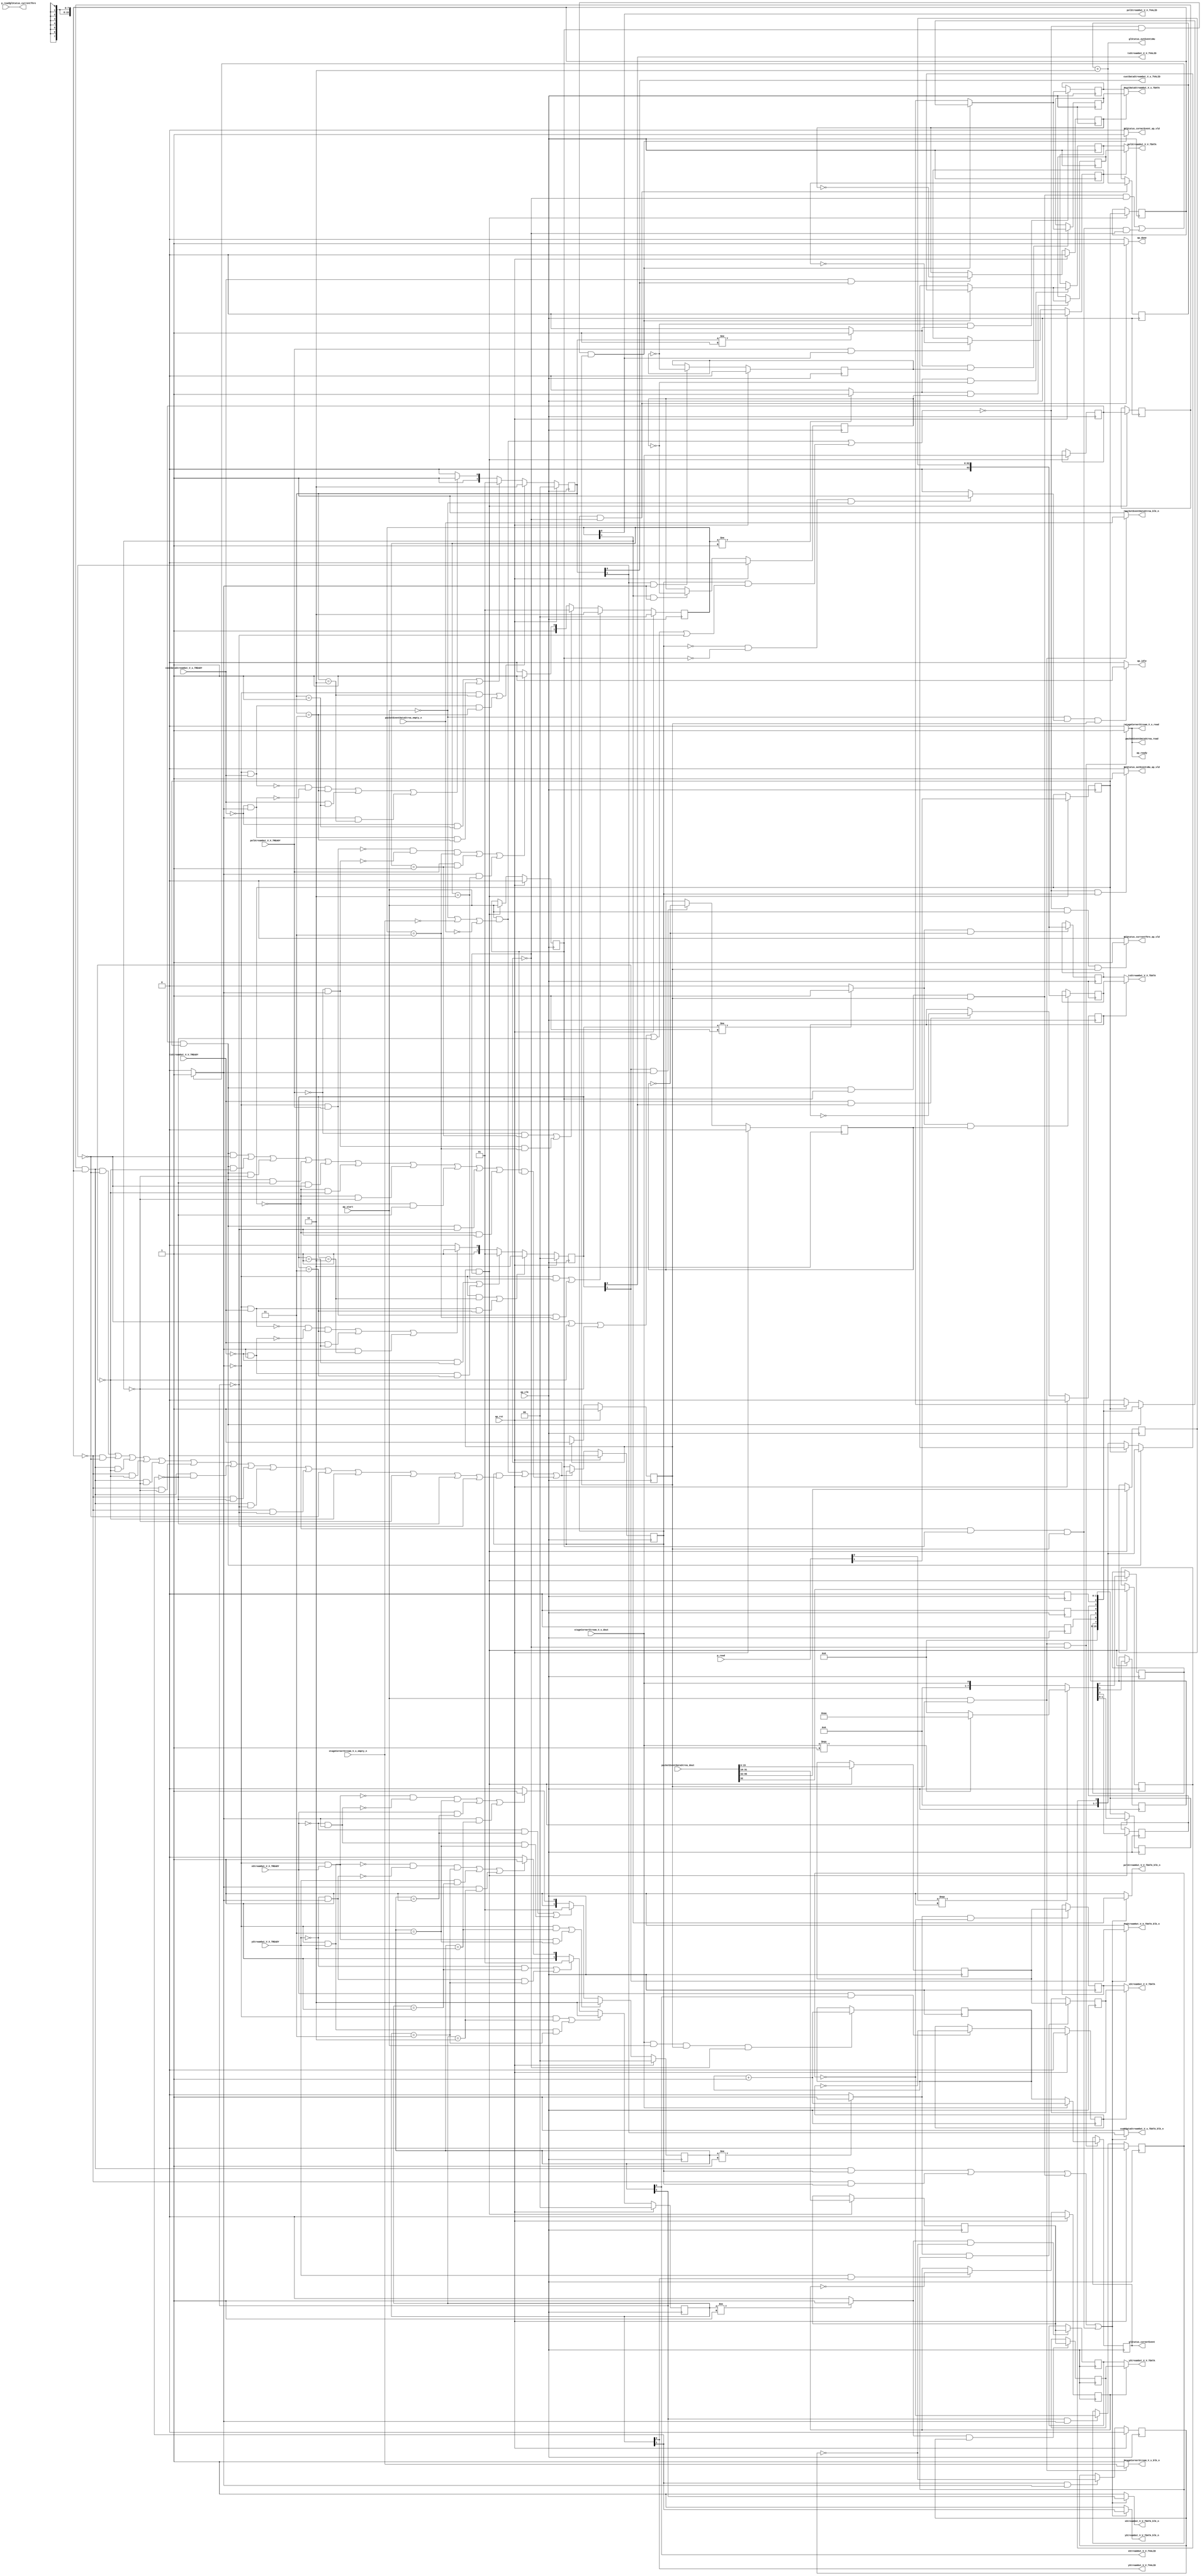
// ==============================================================
// RTL generated by Vivado(TM) HLS - High-Level Synthesis from C, C++ and SystemC
// Version: 2018.1
// Copyright (C) 1986-2018 Xilinx, Inc. All Rights Reserved.
// 
// ===========================================================

`timescale 1 ns / 1 ps 

module combineOutputStream (
        ap_clk,
        ap_rst,
        ap_start,
        ap_done,
        ap_idle,
        ap_ready,
        packetEventDataStrea_dout,
        packetEventDataStrea_empty_n,
        packetEventDataStrea_read,
        stageCornerStream_V_s_dout,
        stageCornerStream_V_s_empty_n,
        stageCornerStream_V_s_read,
        xStreamOut_V_V_TREADY,
        yStreamOut_V_V_TREADY,
        polStreamOut_V_V_TREADY,
        tsStreamOut_V_V_TREADY,
        custDataStreamOut_V_s_TREADY,
        xStreamOut_V_V_TDATA,
        xStreamOut_V_V_TVALID,
        yStreamOut_V_V_TDATA,
        yStreamOut_V_V_TVALID,
        polStreamOut_V_V_TDATA,
        polStreamOut_V_V_TVALID,
        tsStreamOut_V_V_TDATA,
        tsStreamOut_V_V_TVALID,
        custDataStreamOut_V_s_TDATA,
        custDataStreamOut_V_s_TVALID,
        p_read,
        p_read1,
        glStatus_cornerEvent,
        glStatus_cornerEvent_ap_vld,
        glStatus_outEventsNu,
        glStatus_outEventsNu_ap_vld,
        glStatus_currentThre,
        glStatus_currentThre_ap_vld,
        packetEventDataStrea_blk_n,
        stageCornerStream_V_s_blk_n,
        xStreamOut_V_V_TDATA_blk_n,
        yStreamOut_V_V_TDATA_blk_n,
        polStreamOut_V_V_TDATA_blk_n,
        tsStreamOut_V_V_TDATA_blk_n,
        custDataStreamOut_V_s_TDATA_blk_n
);

parameter    ap_ST_fsm_pp0_stage0 = 1'd1;
parameter    ap_const_lv64_0 = 64'd0;

input   ap_clk;
input   ap_rst;
input   ap_start;
output   ap_done;
output   ap_idle;
output   ap_ready;
input  [95:0] packetEventDataStrea_dout;
input   packetEventDataStrea_empty_n;
output   packetEventDataStrea_read;
input  [0:0] stageCornerStream_V_s_dout;
input   stageCornerStream_V_s_empty_n;
output   stageCornerStream_V_s_read;
input   xStreamOut_V_V_TREADY;
input   yStreamOut_V_V_TREADY;
input   polStreamOut_V_V_TREADY;
input   tsStreamOut_V_V_TREADY;
input   custDataStreamOut_V_s_TREADY;
output  [15:0] xStreamOut_V_V_TDATA;
output   xStreamOut_V_V_TVALID;
output  [15:0] yStreamOut_V_V_TDATA;
output   yStreamOut_V_V_TVALID;
output  [7:0] polStreamOut_V_V_TDATA;
output   polStreamOut_V_V_TVALID;
output  [63:0] tsStreamOut_V_V_TDATA;
output   tsStreamOut_V_V_TVALID;
output  [15:0] custDataStreamOut_V_s_TDATA;
output   custDataStreamOut_V_s_TVALID;
input  [31:0] p_read;
input  [7:0] p_read1;
output  [63:0] glStatus_cornerEvent;
output   glStatus_cornerEvent_ap_vld;
output  [63:0] glStatus_outEventsNu;
output   glStatus_outEventsNu_ap_vld;
output  [7:0] glStatus_currentThre;
output   glStatus_currentThre_ap_vld;
output   packetEventDataStrea_blk_n;
output   stageCornerStream_V_s_blk_n;
output   xStreamOut_V_V_TDATA_blk_n;
output   yStreamOut_V_V_TDATA_blk_n;
output   polStreamOut_V_V_TDATA_blk_n;
output   tsStreamOut_V_V_TDATA_blk_n;
output   custDataStreamOut_V_s_TDATA_blk_n;

reg ap_done;
reg ap_idle;
reg ap_ready;
reg packetEventDataStrea_read;
reg stageCornerStream_V_s_read;
reg glStatus_cornerEvent_ap_vld;
reg glStatus_outEventsNu_ap_vld;
reg glStatus_currentThre_ap_vld;
reg packetEventDataStrea_blk_n;
reg stageCornerStream_V_s_blk_n;
reg xStreamOut_V_V_TDATA_blk_n;
reg yStreamOut_V_V_TDATA_blk_n;
reg polStreamOut_V_V_TDATA_blk_n;
reg tsStreamOut_V_V_TDATA_blk_n;
reg custDataStreamOut_V_s_TDATA_blk_n;

(* fsm_encoding = "none" *) reg   [0:0] ap_CS_fsm;
wire    ap_CS_fsm_pp0_stage0;
wire    ap_enable_reg_pp0_iter0;
wire    ap_block_pp0_stage0;
reg    ap_enable_reg_pp0_iter1;
reg    ap_enable_reg_pp0_iter2;
reg    ap_idle_pp0;
reg    ap_block_state1_pp0_stage0_iter0;
wire    ap_block_state2_pp0_stage0_iter1;
wire    xStreamOut_V_V_1_ack_in;
reg   [0:0] tmp_174_reg_341;
wire    yStreamOut_V_V_1_ack_in;
wire    polStreamOut_V_V_1_ack_in;
wire    tsStreamOut_V_V_1_ack_in;
wire    custDataStreamOut_V_s_1_ack_in;
reg   [0:0] tmp_V_reg_331;
reg    ap_predicate_op33_write_state2;
reg    ap_block_state2_io;
reg    ap_block_state3_pp0_stage0_iter2;
reg   [0:0] tmp_174_reg_341_pp0_iter1_reg;
reg   [0:0] tmp_V_reg_331_pp0_iter1_reg;
reg    ap_predicate_op57_write_state3;
reg    ap_block_state3_io;
reg    ap_block_pp0_stage0_11001;
reg   [15:0] xStreamOut_V_V_1_data_out;
reg    xStreamOut_V_V_1_vld_in;
wire    xStreamOut_V_V_1_vld_out;
wire    xStreamOut_V_V_1_ack_out;
reg   [15:0] xStreamOut_V_V_1_payload_A;
reg   [15:0] xStreamOut_V_V_1_payload_B;
reg    xStreamOut_V_V_1_sel_rd;
reg    xStreamOut_V_V_1_sel_wr;
wire    xStreamOut_V_V_1_sel;
wire    xStreamOut_V_V_1_load_A;
wire    xStreamOut_V_V_1_load_B;
reg   [1:0] xStreamOut_V_V_1_state;
wire    xStreamOut_V_V_1_state_cmp_full;
reg   [15:0] yStreamOut_V_V_1_data_out;
reg    yStreamOut_V_V_1_vld_in;
wire    yStreamOut_V_V_1_vld_out;
wire    yStreamOut_V_V_1_ack_out;
reg   [15:0] yStreamOut_V_V_1_payload_A;
reg   [15:0] yStreamOut_V_V_1_payload_B;
reg    yStreamOut_V_V_1_sel_rd;
reg    yStreamOut_V_V_1_sel_wr;
wire    yStreamOut_V_V_1_sel;
wire    yStreamOut_V_V_1_load_A;
wire    yStreamOut_V_V_1_load_B;
reg   [1:0] yStreamOut_V_V_1_state;
wire    yStreamOut_V_V_1_state_cmp_full;
reg   [7:0] polStreamOut_V_V_1_data_in;
reg   [7:0] polStreamOut_V_V_1_data_out;
reg    polStreamOut_V_V_1_vld_in;
wire    polStreamOut_V_V_1_vld_out;
wire    polStreamOut_V_V_1_ack_out;
reg   [7:0] polStreamOut_V_V_1_payload_A;
reg   [7:0] polStreamOut_V_V_1_payload_B;
reg    polStreamOut_V_V_1_sel_rd;
reg    polStreamOut_V_V_1_sel_wr;
wire    polStreamOut_V_V_1_sel;
wire    polStreamOut_V_V_1_load_A;
wire    polStreamOut_V_V_1_load_B;
reg   [1:0] polStreamOut_V_V_1_state;
wire    polStreamOut_V_V_1_state_cmp_full;
reg   [63:0] tsStreamOut_V_V_1_data_out;
reg    tsStreamOut_V_V_1_vld_in;
wire    tsStreamOut_V_V_1_vld_out;
wire    tsStreamOut_V_V_1_ack_out;
reg   [63:0] tsStreamOut_V_V_1_payload_A;
reg   [63:0] tsStreamOut_V_V_1_payload_B;
reg    tsStreamOut_V_V_1_sel_rd;
reg    tsStreamOut_V_V_1_sel_wr;
wire    tsStreamOut_V_V_1_sel;
wire    tsStreamOut_V_V_1_load_A;
wire    tsStreamOut_V_V_1_load_B;
reg   [1:0] tsStreamOut_V_V_1_state;
wire    tsStreamOut_V_V_1_state_cmp_full;
reg   [15:0] custDataStreamOut_V_s_1_data_in;
reg   [15:0] custDataStreamOut_V_s_1_data_out;
reg    custDataStreamOut_V_s_1_vld_in;
wire    custDataStreamOut_V_s_1_vld_out;
wire    custDataStreamOut_V_s_1_ack_out;
reg   [15:0] custDataStreamOut_V_s_1_payload_A;
reg   [15:0] custDataStreamOut_V_s_1_payload_B;
reg    custDataStreamOut_V_s_1_sel_rd;
reg    custDataStreamOut_V_s_1_sel_wr;
wire    custDataStreamOut_V_s_1_sel;
wire    custDataStreamOut_V_s_1_load_A;
wire    custDataStreamOut_V_s_1_load_B;
reg   [1:0] custDataStreamOut_V_s_1_state;
wire    custDataStreamOut_V_s_1_state_cmp_full;
reg   [63:0] outEventsNum;
reg   [63:0] cornerEventsNum;
reg   [15:0] y_V_reg_310;
wire   [15:0] x_V_fu_178_p1;
reg   [15:0] x_V_reg_315;
reg   [0:0] pol_V_reg_320;
reg   [62:0] p_Result_i_reg_326;
wire   [0:0] tmp_V_read_fu_118_p2;
wire   [7:0] retData_V_fu_216_p3;
reg   [7:0] retData_V_reg_335;
wire   [63:0] tmp_49_i_fu_236_p2;
wire   [63:0] p_Result_s_fu_254_p5;
wire   [7:0] tmp_V_36_cast_fu_266_p1;
wire   [15:0] tmp_V_40_cast_fu_270_p1;
wire   [7:0] tmp_V_45_cast_fu_274_p1;
wire   [15:0] tmp_V_47_cast_fu_278_p1;
reg    ap_block_pp0_stage0_subdone;
wire   [63:0] ap_phi_reg_pp0_iter0_cornerEventsNum_loc_s_reg_159;
reg   [63:0] ap_phi_reg_pp0_iter1_cornerEventsNum_loc_s_reg_159;
wire   [63:0] tmp_50_i_fu_292_p2;
reg    ap_block_pp0_stage0_01001;
wire   [0:0] tmp_fu_200_p1;
wire   [7:0] tmp_i_fu_204_p3;
wire   [7:0] tmp_48_cast_i_fu_212_p1;
reg   [0:0] ap_NS_fsm;
reg    ap_idle_pp0_0to1;
reg    ap_reset_idle_pp0;
wire    ap_enable_pp0;
reg    ap_condition_150;
reg    ap_condition_529;

// power-on initialization
initial begin
#0 ap_CS_fsm = 1'd1;
#0 ap_enable_reg_pp0_iter1 = 1'b0;
#0 ap_enable_reg_pp0_iter2 = 1'b0;
#0 xStreamOut_V_V_1_sel_rd = 1'b0;
#0 xStreamOut_V_V_1_sel_wr = 1'b0;
#0 xStreamOut_V_V_1_state = 2'd0;
#0 yStreamOut_V_V_1_sel_rd = 1'b0;
#0 yStreamOut_V_V_1_sel_wr = 1'b0;
#0 yStreamOut_V_V_1_state = 2'd0;
#0 polStreamOut_V_V_1_sel_rd = 1'b0;
#0 polStreamOut_V_V_1_sel_wr = 1'b0;
#0 polStreamOut_V_V_1_state = 2'd0;
#0 tsStreamOut_V_V_1_sel_rd = 1'b0;
#0 tsStreamOut_V_V_1_sel_wr = 1'b0;
#0 tsStreamOut_V_V_1_state = 2'd0;
#0 custDataStreamOut_V_s_1_sel_rd = 1'b0;
#0 custDataStreamOut_V_s_1_sel_wr = 1'b0;
#0 custDataStreamOut_V_s_1_state = 2'd0;
#0 outEventsNum = 64'd0;
#0 cornerEventsNum = 64'd0;
end

always @ (posedge ap_clk) begin
    if (ap_rst == 1'b1) begin
        ap_CS_fsm <= ap_ST_fsm_pp0_stage0;
    end else begin
        ap_CS_fsm <= ap_NS_fsm;
    end
end

always @ (posedge ap_clk) begin
    if (ap_rst == 1'b1) begin
        ap_enable_reg_pp0_iter1 <= 1'b0;
    end else begin
        if (((1'b0 == ap_block_pp0_stage0_subdone) & (1'b1 == ap_CS_fsm_pp0_stage0))) begin
            ap_enable_reg_pp0_iter1 <= ap_start;
        end
    end
end

always @ (posedge ap_clk) begin
    if (ap_rst == 1'b1) begin
        ap_enable_reg_pp0_iter2 <= 1'b0;
    end else begin
        if ((1'b0 == ap_block_pp0_stage0_subdone)) begin
            ap_enable_reg_pp0_iter2 <= ap_enable_reg_pp0_iter1;
        end
    end
end

always @ (posedge ap_clk) begin
    if (ap_rst == 1'b1) begin
        custDataStreamOut_V_s_1_sel_rd <= 1'b0;
    end else begin
        if (((custDataStreamOut_V_s_1_ack_out == 1'b1) & (custDataStreamOut_V_s_1_vld_out == 1'b1))) begin
            custDataStreamOut_V_s_1_sel_rd <= ~custDataStreamOut_V_s_1_sel_rd;
        end
    end
end

always @ (posedge ap_clk) begin
    if (ap_rst == 1'b1) begin
        custDataStreamOut_V_s_1_sel_wr <= 1'b0;
    end else begin
        if (((custDataStreamOut_V_s_1_ack_in == 1'b1) & (custDataStreamOut_V_s_1_vld_in == 1'b1))) begin
            custDataStreamOut_V_s_1_sel_wr <= ~custDataStreamOut_V_s_1_sel_wr;
        end
    end
end

always @ (posedge ap_clk) begin
    if (ap_rst == 1'b1) begin
        custDataStreamOut_V_s_1_state <= 2'd0;
    end else begin
        if ((((custDataStreamOut_V_s_1_vld_in == 1'b0) & (custDataStreamOut_V_s_1_state == 2'd2)) | ((custDataStreamOut_V_s_1_vld_in == 1'b0) & (custDataStreamOut_V_s_1_ack_out == 1'b1) & (custDataStreamOut_V_s_1_state == 2'd3)))) begin
            custDataStreamOut_V_s_1_state <= 2'd2;
        end else if ((((custDataStreamOut_V_s_1_ack_out == 1'b0) & (custDataStreamOut_V_s_1_state == 2'd1)) | ((custDataStreamOut_V_s_1_ack_out == 1'b0) & (custDataStreamOut_V_s_1_vld_in == 1'b1) & (custDataStreamOut_V_s_1_state == 2'd3)))) begin
            custDataStreamOut_V_s_1_state <= 2'd1;
        end else if (((~((custDataStreamOut_V_s_1_vld_in == 1'b0) & (custDataStreamOut_V_s_1_ack_out == 1'b1)) & ~((custDataStreamOut_V_s_1_ack_out == 1'b0) & (custDataStreamOut_V_s_1_vld_in == 1'b1)) & (custDataStreamOut_V_s_1_state == 2'd3)) | ((custDataStreamOut_V_s_1_ack_out == 1'b1) & (custDataStreamOut_V_s_1_state == 2'd1)) | ((custDataStreamOut_V_s_1_vld_in == 1'b1) & (custDataStreamOut_V_s_1_state == 2'd2)))) begin
            custDataStreamOut_V_s_1_state <= 2'd3;
        end else begin
            custDataStreamOut_V_s_1_state <= 2'd2;
        end
    end
end

always @ (posedge ap_clk) begin
    if (ap_rst == 1'b1) begin
        polStreamOut_V_V_1_sel_rd <= 1'b0;
    end else begin
        if (((polStreamOut_V_V_1_ack_out == 1'b1) & (polStreamOut_V_V_1_vld_out == 1'b1))) begin
            polStreamOut_V_V_1_sel_rd <= ~polStreamOut_V_V_1_sel_rd;
        end
    end
end

always @ (posedge ap_clk) begin
    if (ap_rst == 1'b1) begin
        polStreamOut_V_V_1_sel_wr <= 1'b0;
    end else begin
        if (((polStreamOut_V_V_1_ack_in == 1'b1) & (polStreamOut_V_V_1_vld_in == 1'b1))) begin
            polStreamOut_V_V_1_sel_wr <= ~polStreamOut_V_V_1_sel_wr;
        end
    end
end

always @ (posedge ap_clk) begin
    if (ap_rst == 1'b1) begin
        polStreamOut_V_V_1_state <= 2'd0;
    end else begin
        if ((((polStreamOut_V_V_1_vld_in == 1'b0) & (polStreamOut_V_V_1_state == 2'd2)) | ((polStreamOut_V_V_1_vld_in == 1'b0) & (polStreamOut_V_V_1_ack_out == 1'b1) & (polStreamOut_V_V_1_state == 2'd3)))) begin
            polStreamOut_V_V_1_state <= 2'd2;
        end else if ((((polStreamOut_V_V_1_ack_out == 1'b0) & (polStreamOut_V_V_1_state == 2'd1)) | ((polStreamOut_V_V_1_ack_out == 1'b0) & (polStreamOut_V_V_1_vld_in == 1'b1) & (polStreamOut_V_V_1_state == 2'd3)))) begin
            polStreamOut_V_V_1_state <= 2'd1;
        end else if (((~((polStreamOut_V_V_1_vld_in == 1'b0) & (polStreamOut_V_V_1_ack_out == 1'b1)) & ~((polStreamOut_V_V_1_ack_out == 1'b0) & (polStreamOut_V_V_1_vld_in == 1'b1)) & (polStreamOut_V_V_1_state == 2'd3)) | ((polStreamOut_V_V_1_ack_out == 1'b1) & (polStreamOut_V_V_1_state == 2'd1)) | ((polStreamOut_V_V_1_vld_in == 1'b1) & (polStreamOut_V_V_1_state == 2'd2)))) begin
            polStreamOut_V_V_1_state <= 2'd3;
        end else begin
            polStreamOut_V_V_1_state <= 2'd2;
        end
    end
end

always @ (posedge ap_clk) begin
    if (ap_rst == 1'b1) begin
        tsStreamOut_V_V_1_sel_rd <= 1'b0;
    end else begin
        if (((tsStreamOut_V_V_1_ack_out == 1'b1) & (tsStreamOut_V_V_1_vld_out == 1'b1))) begin
            tsStreamOut_V_V_1_sel_rd <= ~tsStreamOut_V_V_1_sel_rd;
        end
    end
end

always @ (posedge ap_clk) begin
    if (ap_rst == 1'b1) begin
        tsStreamOut_V_V_1_sel_wr <= 1'b0;
    end else begin
        if (((tsStreamOut_V_V_1_ack_in == 1'b1) & (tsStreamOut_V_V_1_vld_in == 1'b1))) begin
            tsStreamOut_V_V_1_sel_wr <= ~tsStreamOut_V_V_1_sel_wr;
        end
    end
end

always @ (posedge ap_clk) begin
    if (ap_rst == 1'b1) begin
        tsStreamOut_V_V_1_state <= 2'd0;
    end else begin
        if ((((tsStreamOut_V_V_1_vld_in == 1'b0) & (tsStreamOut_V_V_1_state == 2'd2)) | ((tsStreamOut_V_V_1_vld_in == 1'b0) & (tsStreamOut_V_V_1_ack_out == 1'b1) & (tsStreamOut_V_V_1_state == 2'd3)))) begin
            tsStreamOut_V_V_1_state <= 2'd2;
        end else if ((((tsStreamOut_V_V_1_ack_out == 1'b0) & (tsStreamOut_V_V_1_state == 2'd1)) | ((tsStreamOut_V_V_1_ack_out == 1'b0) & (tsStreamOut_V_V_1_vld_in == 1'b1) & (tsStreamOut_V_V_1_state == 2'd3)))) begin
            tsStreamOut_V_V_1_state <= 2'd1;
        end else if (((~((tsStreamOut_V_V_1_vld_in == 1'b0) & (tsStreamOut_V_V_1_ack_out == 1'b1)) & ~((tsStreamOut_V_V_1_ack_out == 1'b0) & (tsStreamOut_V_V_1_vld_in == 1'b1)) & (tsStreamOut_V_V_1_state == 2'd3)) | ((tsStreamOut_V_V_1_ack_out == 1'b1) & (tsStreamOut_V_V_1_state == 2'd1)) | ((tsStreamOut_V_V_1_vld_in == 1'b1) & (tsStreamOut_V_V_1_state == 2'd2)))) begin
            tsStreamOut_V_V_1_state <= 2'd3;
        end else begin
            tsStreamOut_V_V_1_state <= 2'd2;
        end
    end
end

always @ (posedge ap_clk) begin
    if (ap_rst == 1'b1) begin
        xStreamOut_V_V_1_sel_rd <= 1'b0;
    end else begin
        if (((xStreamOut_V_V_1_ack_out == 1'b1) & (xStreamOut_V_V_1_vld_out == 1'b1))) begin
            xStreamOut_V_V_1_sel_rd <= ~xStreamOut_V_V_1_sel_rd;
        end
    end
end

always @ (posedge ap_clk) begin
    if (ap_rst == 1'b1) begin
        xStreamOut_V_V_1_sel_wr <= 1'b0;
    end else begin
        if (((xStreamOut_V_V_1_ack_in == 1'b1) & (xStreamOut_V_V_1_vld_in == 1'b1))) begin
            xStreamOut_V_V_1_sel_wr <= ~xStreamOut_V_V_1_sel_wr;
        end
    end
end

always @ (posedge ap_clk) begin
    if (ap_rst == 1'b1) begin
        xStreamOut_V_V_1_state <= 2'd0;
    end else begin
        if ((((xStreamOut_V_V_1_vld_in == 1'b0) & (xStreamOut_V_V_1_state == 2'd2)) | ((xStreamOut_V_V_1_vld_in == 1'b0) & (xStreamOut_V_V_1_ack_out == 1'b1) & (xStreamOut_V_V_1_state == 2'd3)))) begin
            xStreamOut_V_V_1_state <= 2'd2;
        end else if ((((xStreamOut_V_V_1_ack_out == 1'b0) & (xStreamOut_V_V_1_state == 2'd1)) | ((xStreamOut_V_V_1_ack_out == 1'b0) & (xStreamOut_V_V_1_vld_in == 1'b1) & (xStreamOut_V_V_1_state == 2'd3)))) begin
            xStreamOut_V_V_1_state <= 2'd1;
        end else if (((~((xStreamOut_V_V_1_vld_in == 1'b0) & (xStreamOut_V_V_1_ack_out == 1'b1)) & ~((xStreamOut_V_V_1_ack_out == 1'b0) & (xStreamOut_V_V_1_vld_in == 1'b1)) & (xStreamOut_V_V_1_state == 2'd3)) | ((xStreamOut_V_V_1_ack_out == 1'b1) & (xStreamOut_V_V_1_state == 2'd1)) | ((xStreamOut_V_V_1_vld_in == 1'b1) & (xStreamOut_V_V_1_state == 2'd2)))) begin
            xStreamOut_V_V_1_state <= 2'd3;
        end else begin
            xStreamOut_V_V_1_state <= 2'd2;
        end
    end
end

always @ (posedge ap_clk) begin
    if (ap_rst == 1'b1) begin
        yStreamOut_V_V_1_sel_rd <= 1'b0;
    end else begin
        if (((yStreamOut_V_V_1_ack_out == 1'b1) & (yStreamOut_V_V_1_vld_out == 1'b1))) begin
            yStreamOut_V_V_1_sel_rd <= ~yStreamOut_V_V_1_sel_rd;
        end
    end
end

always @ (posedge ap_clk) begin
    if (ap_rst == 1'b1) begin
        yStreamOut_V_V_1_sel_wr <= 1'b0;
    end else begin
        if (((yStreamOut_V_V_1_ack_in == 1'b1) & (yStreamOut_V_V_1_vld_in == 1'b1))) begin
            yStreamOut_V_V_1_sel_wr <= ~yStreamOut_V_V_1_sel_wr;
        end
    end
end

always @ (posedge ap_clk) begin
    if (ap_rst == 1'b1) begin
        yStreamOut_V_V_1_state <= 2'd0;
    end else begin
        if ((((yStreamOut_V_V_1_vld_in == 1'b0) & (yStreamOut_V_V_1_state == 2'd2)) | ((yStreamOut_V_V_1_vld_in == 1'b0) & (yStreamOut_V_V_1_ack_out == 1'b1) & (yStreamOut_V_V_1_state == 2'd3)))) begin
            yStreamOut_V_V_1_state <= 2'd2;
        end else if ((((yStreamOut_V_V_1_ack_out == 1'b0) & (yStreamOut_V_V_1_state == 2'd1)) | ((yStreamOut_V_V_1_ack_out == 1'b0) & (yStreamOut_V_V_1_vld_in == 1'b1) & (yStreamOut_V_V_1_state == 2'd3)))) begin
            yStreamOut_V_V_1_state <= 2'd1;
        end else if (((~((yStreamOut_V_V_1_vld_in == 1'b0) & (yStreamOut_V_V_1_ack_out == 1'b1)) & ~((yStreamOut_V_V_1_ack_out == 1'b0) & (yStreamOut_V_V_1_vld_in == 1'b1)) & (yStreamOut_V_V_1_state == 2'd3)) | ((yStreamOut_V_V_1_ack_out == 1'b1) & (yStreamOut_V_V_1_state == 2'd1)) | ((yStreamOut_V_V_1_vld_in == 1'b1) & (yStreamOut_V_V_1_state == 2'd2)))) begin
            yStreamOut_V_V_1_state <= 2'd3;
        end else begin
            yStreamOut_V_V_1_state <= 2'd2;
        end
    end
end

always @ (posedge ap_clk) begin
    if ((1'b1 == ap_condition_150)) begin
        if ((tmp_V_read_fu_118_p2 == 1'd0)) begin
            ap_phi_reg_pp0_iter1_cornerEventsNum_loc_s_reg_159 <= cornerEventsNum;
        end else if ((tmp_V_read_fu_118_p2 == 1'd1)) begin
            ap_phi_reg_pp0_iter1_cornerEventsNum_loc_s_reg_159 <= tmp_49_i_fu_236_p2;
        end else if ((1'b1 == 1'b1)) begin
            ap_phi_reg_pp0_iter1_cornerEventsNum_loc_s_reg_159 <= ap_phi_reg_pp0_iter0_cornerEventsNum_loc_s_reg_159;
        end
    end
end

always @ (posedge ap_clk) begin
    if (((tmp_V_read_fu_118_p2 == 1'd1) & (ap_start == 1'b1) & (1'b1 == ap_CS_fsm_pp0_stage0) & (1'b0 == ap_block_pp0_stage0_11001))) begin
        cornerEventsNum <= tmp_49_i_fu_236_p2;
    end
end

always @ (posedge ap_clk) begin
    if ((custDataStreamOut_V_s_1_load_A == 1'b1)) begin
        custDataStreamOut_V_s_1_payload_A <= custDataStreamOut_V_s_1_data_in;
    end
end

always @ (posedge ap_clk) begin
    if ((custDataStreamOut_V_s_1_load_B == 1'b1)) begin
        custDataStreamOut_V_s_1_payload_B <= custDataStreamOut_V_s_1_data_in;
    end
end

always @ (posedge ap_clk) begin
    if (((ap_enable_reg_pp0_iter2 == 1'b1) & (1'b0 == ap_block_pp0_stage0_11001))) begin
        outEventsNum <= tmp_50_i_fu_292_p2;
    end
end

always @ (posedge ap_clk) begin
    if (((1'b1 == ap_CS_fsm_pp0_stage0) & (1'b0 == ap_block_pp0_stage0_11001))) begin
        p_Result_i_reg_326 <= {{packetEventDataStrea_dout[95:33]}};
        pol_V_reg_320 <= packetEventDataStrea_dout[32'd32];
        retData_V_reg_335[1 : 0] <= retData_V_fu_216_p3[1 : 0];
retData_V_reg_335[3] <= retData_V_fu_216_p3[3];
retData_V_reg_335[5] <= retData_V_fu_216_p3[5];
retData_V_reg_335[7] <= retData_V_fu_216_p3[7];
        tmp_174_reg_341 <= p_read[32'd1];
        tmp_174_reg_341_pp0_iter1_reg <= tmp_174_reg_341;
        tmp_V_reg_331 <= stageCornerStream_V_s_dout;
        tmp_V_reg_331_pp0_iter1_reg <= tmp_V_reg_331;
        x_V_reg_315 <= x_V_fu_178_p1;
        y_V_reg_310 <= {{packetEventDataStrea_dout[31:16]}};
    end
end

always @ (posedge ap_clk) begin
    if ((polStreamOut_V_V_1_load_A == 1'b1)) begin
        polStreamOut_V_V_1_payload_A <= polStreamOut_V_V_1_data_in;
    end
end

always @ (posedge ap_clk) begin
    if ((polStreamOut_V_V_1_load_B == 1'b1)) begin
        polStreamOut_V_V_1_payload_B <= polStreamOut_V_V_1_data_in;
    end
end

always @ (posedge ap_clk) begin
    if ((tsStreamOut_V_V_1_load_A == 1'b1)) begin
        tsStreamOut_V_V_1_payload_A <= p_Result_s_fu_254_p5;
    end
end

always @ (posedge ap_clk) begin
    if ((tsStreamOut_V_V_1_load_B == 1'b1)) begin
        tsStreamOut_V_V_1_payload_B <= p_Result_s_fu_254_p5;
    end
end

always @ (posedge ap_clk) begin
    if ((xStreamOut_V_V_1_load_A == 1'b1)) begin
        xStreamOut_V_V_1_payload_A <= x_V_reg_315;
    end
end

always @ (posedge ap_clk) begin
    if ((xStreamOut_V_V_1_load_B == 1'b1)) begin
        xStreamOut_V_V_1_payload_B <= x_V_reg_315;
    end
end

always @ (posedge ap_clk) begin
    if ((yStreamOut_V_V_1_load_A == 1'b1)) begin
        yStreamOut_V_V_1_payload_A <= y_V_reg_310;
    end
end

always @ (posedge ap_clk) begin
    if ((yStreamOut_V_V_1_load_B == 1'b1)) begin
        yStreamOut_V_V_1_payload_B <= y_V_reg_310;
    end
end

always @ (*) begin
    if ((((ap_start == 1'b0) & (1'b0 == ap_block_pp0_stage0) & (ap_start == 1'b1) & (1'b1 == ap_CS_fsm_pp0_stage0)) | ((ap_enable_reg_pp0_iter2 == 1'b1) & (1'b0 == ap_block_pp0_stage0_11001)))) begin
        ap_done = 1'b1;
    end else begin
        ap_done = 1'b0;
    end
end

always @ (*) begin
    if (((ap_start == 1'b0) & (ap_idle_pp0 == 1'b1) & (1'b1 == ap_CS_fsm_pp0_stage0))) begin
        ap_idle = 1'b1;
    end else begin
        ap_idle = 1'b0;
    end
end

always @ (*) begin
    if (((ap_enable_reg_pp0_iter2 == 1'b0) & (ap_enable_reg_pp0_iter1 == 1'b0) & (ap_enable_reg_pp0_iter0 == 1'b0))) begin
        ap_idle_pp0 = 1'b1;
    end else begin
        ap_idle_pp0 = 1'b0;
    end
end

always @ (*) begin
    if (((ap_enable_reg_pp0_iter1 == 1'b0) & (ap_enable_reg_pp0_iter0 == 1'b0))) begin
        ap_idle_pp0_0to1 = 1'b1;
    end else begin
        ap_idle_pp0_0to1 = 1'b0;
    end
end

always @ (*) begin
    if (((ap_start == 1'b1) & (1'b1 == ap_CS_fsm_pp0_stage0) & (1'b0 == ap_block_pp0_stage0_11001))) begin
        ap_ready = 1'b1;
    end else begin
        ap_ready = 1'b0;
    end
end

always @ (*) begin
    if (((ap_start == 1'b0) & (ap_idle_pp0_0to1 == 1'b1))) begin
        ap_reset_idle_pp0 = 1'b1;
    end else begin
        ap_reset_idle_pp0 = 1'b0;
    end
end

always @ (*) begin
    if ((1'b1 == ap_condition_529)) begin
        if ((ap_predicate_op33_write_state2 == 1'b1)) begin
            custDataStreamOut_V_s_1_data_in = tmp_V_47_cast_fu_278_p1;
        end else if ((tmp_174_reg_341 == 1'd0)) begin
            custDataStreamOut_V_s_1_data_in = tmp_V_40_cast_fu_270_p1;
        end else begin
            custDataStreamOut_V_s_1_data_in = 'bx;
        end
    end else begin
        custDataStreamOut_V_s_1_data_in = 'bx;
    end
end

always @ (*) begin
    if ((custDataStreamOut_V_s_1_sel == 1'b1)) begin
        custDataStreamOut_V_s_1_data_out = custDataStreamOut_V_s_1_payload_B;
    end else begin
        custDataStreamOut_V_s_1_data_out = custDataStreamOut_V_s_1_payload_A;
    end
end

always @ (*) begin
    if ((((ap_predicate_op33_write_state2 == 1'b1) & (ap_enable_reg_pp0_iter1 == 1'b1) & (1'b1 == ap_CS_fsm_pp0_stage0) & (1'b0 == ap_block_pp0_stage0_11001)) | ((tmp_174_reg_341 == 1'd0) & (ap_enable_reg_pp0_iter1 == 1'b1) & (1'b1 == ap_CS_fsm_pp0_stage0) & (1'b0 == ap_block_pp0_stage0_11001)))) begin
        custDataStreamOut_V_s_1_vld_in = 1'b1;
    end else begin
        custDataStreamOut_V_s_1_vld_in = 1'b0;
    end
end

always @ (*) begin
    if ((((ap_predicate_op57_write_state3 == 1'b1) & (1'b0 == ap_block_pp0_stage0) & (ap_enable_reg_pp0_iter2 == 1'b1)) | ((tmp_174_reg_341_pp0_iter1_reg == 1'd0) & (1'b0 == ap_block_pp0_stage0) & (ap_enable_reg_pp0_iter2 == 1'b1)) | ((ap_predicate_op33_write_state2 == 1'b1) & (1'b0 == ap_block_pp0_stage0) & (ap_enable_reg_pp0_iter1 == 1'b1) & (1'b1 == ap_CS_fsm_pp0_stage0)) | ((tmp_174_reg_341 == 1'd0) & (1'b0 == ap_block_pp0_stage0) & (ap_enable_reg_pp0_iter1 == 1'b1) & (1'b1 == ap_CS_fsm_pp0_stage0)))) begin
        custDataStreamOut_V_s_TDATA_blk_n = custDataStreamOut_V_s_1_state[1'd1];
    end else begin
        custDataStreamOut_V_s_TDATA_blk_n = 1'b1;
    end
end

always @ (*) begin
    if (((1'b0 == ap_block_pp0_stage0_01001) & (ap_enable_reg_pp0_iter1 == 1'b1) & (1'b1 == ap_CS_fsm_pp0_stage0))) begin
        glStatus_cornerEvent_ap_vld = 1'b1;
    end else begin
        glStatus_cornerEvent_ap_vld = 1'b0;
    end
end

always @ (*) begin
    if (((1'b0 == ap_block_pp0_stage0_01001) & (ap_start == 1'b1) & (1'b1 == ap_CS_fsm_pp0_stage0))) begin
        glStatus_currentThre_ap_vld = 1'b1;
    end else begin
        glStatus_currentThre_ap_vld = 1'b0;
    end
end

always @ (*) begin
    if (((1'b0 == ap_block_pp0_stage0_01001) & (ap_enable_reg_pp0_iter2 == 1'b1))) begin
        glStatus_outEventsNu_ap_vld = 1'b1;
    end else begin
        glStatus_outEventsNu_ap_vld = 1'b0;
    end
end

always @ (*) begin
    if (((ap_start == 1'b1) & (1'b0 == ap_block_pp0_stage0) & (ap_start == 1'b1) & (1'b1 == ap_CS_fsm_pp0_stage0))) begin
        packetEventDataStrea_blk_n = packetEventDataStrea_empty_n;
    end else begin
        packetEventDataStrea_blk_n = 1'b1;
    end
end

always @ (*) begin
    if (((ap_start == 1'b1) & (1'b1 == ap_CS_fsm_pp0_stage0) & (1'b0 == ap_block_pp0_stage0_11001))) begin
        packetEventDataStrea_read = 1'b1;
    end else begin
        packetEventDataStrea_read = 1'b0;
    end
end

always @ (*) begin
    if ((1'b1 == ap_condition_529)) begin
        if ((ap_predicate_op33_write_state2 == 1'b1)) begin
            polStreamOut_V_V_1_data_in = tmp_V_45_cast_fu_274_p1;
        end else if ((tmp_174_reg_341 == 1'd0)) begin
            polStreamOut_V_V_1_data_in = tmp_V_36_cast_fu_266_p1;
        end else begin
            polStreamOut_V_V_1_data_in = 'bx;
        end
    end else begin
        polStreamOut_V_V_1_data_in = 'bx;
    end
end

always @ (*) begin
    if ((polStreamOut_V_V_1_sel == 1'b1)) begin
        polStreamOut_V_V_1_data_out = polStreamOut_V_V_1_payload_B;
    end else begin
        polStreamOut_V_V_1_data_out = polStreamOut_V_V_1_payload_A;
    end
end

always @ (*) begin
    if ((((ap_predicate_op33_write_state2 == 1'b1) & (ap_enable_reg_pp0_iter1 == 1'b1) & (1'b1 == ap_CS_fsm_pp0_stage0) & (1'b0 == ap_block_pp0_stage0_11001)) | ((tmp_174_reg_341 == 1'd0) & (ap_enable_reg_pp0_iter1 == 1'b1) & (1'b1 == ap_CS_fsm_pp0_stage0) & (1'b0 == ap_block_pp0_stage0_11001)))) begin
        polStreamOut_V_V_1_vld_in = 1'b1;
    end else begin
        polStreamOut_V_V_1_vld_in = 1'b0;
    end
end

always @ (*) begin
    if ((((ap_predicate_op57_write_state3 == 1'b1) & (1'b0 == ap_block_pp0_stage0) & (ap_enable_reg_pp0_iter2 == 1'b1)) | ((tmp_174_reg_341_pp0_iter1_reg == 1'd0) & (1'b0 == ap_block_pp0_stage0) & (ap_enable_reg_pp0_iter2 == 1'b1)) | ((ap_predicate_op33_write_state2 == 1'b1) & (1'b0 == ap_block_pp0_stage0) & (ap_enable_reg_pp0_iter1 == 1'b1) & (1'b1 == ap_CS_fsm_pp0_stage0)) | ((tmp_174_reg_341 == 1'd0) & (1'b0 == ap_block_pp0_stage0) & (ap_enable_reg_pp0_iter1 == 1'b1) & (1'b1 == ap_CS_fsm_pp0_stage0)))) begin
        polStreamOut_V_V_TDATA_blk_n = polStreamOut_V_V_1_state[1'd1];
    end else begin
        polStreamOut_V_V_TDATA_blk_n = 1'b1;
    end
end

always @ (*) begin
    if (((ap_start == 1'b1) & (1'b0 == ap_block_pp0_stage0) & (ap_start == 1'b1) & (1'b1 == ap_CS_fsm_pp0_stage0))) begin
        stageCornerStream_V_s_blk_n = stageCornerStream_V_s_empty_n;
    end else begin
        stageCornerStream_V_s_blk_n = 1'b1;
    end
end

always @ (*) begin
    if (((ap_start == 1'b1) & (1'b1 == ap_CS_fsm_pp0_stage0) & (1'b0 == ap_block_pp0_stage0_11001))) begin
        stageCornerStream_V_s_read = 1'b1;
    end else begin
        stageCornerStream_V_s_read = 1'b0;
    end
end

always @ (*) begin
    if ((tsStreamOut_V_V_1_sel == 1'b1)) begin
        tsStreamOut_V_V_1_data_out = tsStreamOut_V_V_1_payload_B;
    end else begin
        tsStreamOut_V_V_1_data_out = tsStreamOut_V_V_1_payload_A;
    end
end

always @ (*) begin
    if ((((ap_predicate_op33_write_state2 == 1'b1) & (ap_enable_reg_pp0_iter1 == 1'b1) & (1'b1 == ap_CS_fsm_pp0_stage0) & (1'b0 == ap_block_pp0_stage0_11001)) | ((tmp_174_reg_341 == 1'd0) & (ap_enable_reg_pp0_iter1 == 1'b1) & (1'b1 == ap_CS_fsm_pp0_stage0) & (1'b0 == ap_block_pp0_stage0_11001)))) begin
        tsStreamOut_V_V_1_vld_in = 1'b1;
    end else begin
        tsStreamOut_V_V_1_vld_in = 1'b0;
    end
end

always @ (*) begin
    if ((((ap_predicate_op57_write_state3 == 1'b1) & (1'b0 == ap_block_pp0_stage0) & (ap_enable_reg_pp0_iter2 == 1'b1)) | ((tmp_174_reg_341_pp0_iter1_reg == 1'd0) & (1'b0 == ap_block_pp0_stage0) & (ap_enable_reg_pp0_iter2 == 1'b1)) | ((ap_predicate_op33_write_state2 == 1'b1) & (1'b0 == ap_block_pp0_stage0) & (ap_enable_reg_pp0_iter1 == 1'b1) & (1'b1 == ap_CS_fsm_pp0_stage0)) | ((tmp_174_reg_341 == 1'd0) & (1'b0 == ap_block_pp0_stage0) & (ap_enable_reg_pp0_iter1 == 1'b1) & (1'b1 == ap_CS_fsm_pp0_stage0)))) begin
        tsStreamOut_V_V_TDATA_blk_n = tsStreamOut_V_V_1_state[1'd1];
    end else begin
        tsStreamOut_V_V_TDATA_blk_n = 1'b1;
    end
end

always @ (*) begin
    if ((xStreamOut_V_V_1_sel == 1'b1)) begin
        xStreamOut_V_V_1_data_out = xStreamOut_V_V_1_payload_B;
    end else begin
        xStreamOut_V_V_1_data_out = xStreamOut_V_V_1_payload_A;
    end
end

always @ (*) begin
    if ((((ap_predicate_op33_write_state2 == 1'b1) & (ap_enable_reg_pp0_iter1 == 1'b1) & (1'b1 == ap_CS_fsm_pp0_stage0) & (1'b0 == ap_block_pp0_stage0_11001)) | ((tmp_174_reg_341 == 1'd0) & (ap_enable_reg_pp0_iter1 == 1'b1) & (1'b1 == ap_CS_fsm_pp0_stage0) & (1'b0 == ap_block_pp0_stage0_11001)))) begin
        xStreamOut_V_V_1_vld_in = 1'b1;
    end else begin
        xStreamOut_V_V_1_vld_in = 1'b0;
    end
end

always @ (*) begin
    if ((((ap_predicate_op57_write_state3 == 1'b1) & (1'b0 == ap_block_pp0_stage0) & (ap_enable_reg_pp0_iter2 == 1'b1)) | ((tmp_174_reg_341_pp0_iter1_reg == 1'd0) & (1'b0 == ap_block_pp0_stage0) & (ap_enable_reg_pp0_iter2 == 1'b1)) | ((ap_predicate_op33_write_state2 == 1'b1) & (1'b0 == ap_block_pp0_stage0) & (ap_enable_reg_pp0_iter1 == 1'b1) & (1'b1 == ap_CS_fsm_pp0_stage0)) | ((tmp_174_reg_341 == 1'd0) & (1'b0 == ap_block_pp0_stage0) & (ap_enable_reg_pp0_iter1 == 1'b1) & (1'b1 == ap_CS_fsm_pp0_stage0)))) begin
        xStreamOut_V_V_TDATA_blk_n = xStreamOut_V_V_1_state[1'd1];
    end else begin
        xStreamOut_V_V_TDATA_blk_n = 1'b1;
    end
end

always @ (*) begin
    if ((yStreamOut_V_V_1_sel == 1'b1)) begin
        yStreamOut_V_V_1_data_out = yStreamOut_V_V_1_payload_B;
    end else begin
        yStreamOut_V_V_1_data_out = yStreamOut_V_V_1_payload_A;
    end
end

always @ (*) begin
    if ((((ap_predicate_op33_write_state2 == 1'b1) & (ap_enable_reg_pp0_iter1 == 1'b1) & (1'b1 == ap_CS_fsm_pp0_stage0) & (1'b0 == ap_block_pp0_stage0_11001)) | ((tmp_174_reg_341 == 1'd0) & (ap_enable_reg_pp0_iter1 == 1'b1) & (1'b1 == ap_CS_fsm_pp0_stage0) & (1'b0 == ap_block_pp0_stage0_11001)))) begin
        yStreamOut_V_V_1_vld_in = 1'b1;
    end else begin
        yStreamOut_V_V_1_vld_in = 1'b0;
    end
end

always @ (*) begin
    if ((((ap_predicate_op57_write_state3 == 1'b1) & (1'b0 == ap_block_pp0_stage0) & (ap_enable_reg_pp0_iter2 == 1'b1)) | ((tmp_174_reg_341_pp0_iter1_reg == 1'd0) & (1'b0 == ap_block_pp0_stage0) & (ap_enable_reg_pp0_iter2 == 1'b1)) | ((ap_predicate_op33_write_state2 == 1'b1) & (1'b0 == ap_block_pp0_stage0) & (ap_enable_reg_pp0_iter1 == 1'b1) & (1'b1 == ap_CS_fsm_pp0_stage0)) | ((tmp_174_reg_341 == 1'd0) & (1'b0 == ap_block_pp0_stage0) & (ap_enable_reg_pp0_iter1 == 1'b1) & (1'b1 == ap_CS_fsm_pp0_stage0)))) begin
        yStreamOut_V_V_TDATA_blk_n = yStreamOut_V_V_1_state[1'd1];
    end else begin
        yStreamOut_V_V_TDATA_blk_n = 1'b1;
    end
end

always @ (*) begin
    case (ap_CS_fsm)
        ap_ST_fsm_pp0_stage0 : begin
            ap_NS_fsm = ap_ST_fsm_pp0_stage0;
        end
        default : begin
            ap_NS_fsm = 'bx;
        end
    endcase
end

assign ap_CS_fsm_pp0_stage0 = ap_CS_fsm[32'd0];

assign ap_block_pp0_stage0 = ~(1'b1 == 1'b1);

always @ (*) begin
    ap_block_pp0_stage0_01001 = (((ap_start == 1'b1) & ((ap_start == 1'b0) | (stageCornerStream_V_s_empty_n == 1'b0) | (packetEventDataStrea_empty_n == 1'b0))) | ((ap_enable_reg_pp0_iter2 == 1'b1) & ((custDataStreamOut_V_s_1_ack_in == 1'b0) | (tsStreamOut_V_V_1_ack_in == 1'b0) | (polStreamOut_V_V_1_ack_in == 1'b0) | (yStreamOut_V_V_1_ack_in == 1'b0) | (xStreamOut_V_V_1_ack_in == 1'b0))));
end

always @ (*) begin
    ap_block_pp0_stage0_11001 = (((ap_start == 1'b1) & ((ap_start == 1'b0) | (stageCornerStream_V_s_empty_n == 1'b0) | (packetEventDataStrea_empty_n == 1'b0))) | ((ap_enable_reg_pp0_iter2 == 1'b1) & ((1'b1 == ap_block_state3_io) | (custDataStreamOut_V_s_1_ack_in == 1'b0) | (tsStreamOut_V_V_1_ack_in == 1'b0) | (polStreamOut_V_V_1_ack_in == 1'b0) | (yStreamOut_V_V_1_ack_in == 1'b0) | (xStreamOut_V_V_1_ack_in == 1'b0))) | ((1'b1 == ap_block_state2_io) & (ap_enable_reg_pp0_iter1 == 1'b1)));
end

always @ (*) begin
    ap_block_pp0_stage0_subdone = (((ap_start == 1'b1) & ((ap_start == 1'b0) | (stageCornerStream_V_s_empty_n == 1'b0) | (packetEventDataStrea_empty_n == 1'b0))) | ((ap_enable_reg_pp0_iter2 == 1'b1) & ((1'b1 == ap_block_state3_io) | (custDataStreamOut_V_s_1_ack_in == 1'b0) | (tsStreamOut_V_V_1_ack_in == 1'b0) | (polStreamOut_V_V_1_ack_in == 1'b0) | (yStreamOut_V_V_1_ack_in == 1'b0) | (xStreamOut_V_V_1_ack_in == 1'b0))) | ((1'b1 == ap_block_state2_io) & (ap_enable_reg_pp0_iter1 == 1'b1)));
end

always @ (*) begin
    ap_block_state1_pp0_stage0_iter0 = ((ap_start == 1'b0) | (stageCornerStream_V_s_empty_n == 1'b0) | (packetEventDataStrea_empty_n == 1'b0));
end

always @ (*) begin
    ap_block_state2_io = (((ap_predicate_op33_write_state2 == 1'b1) & (custDataStreamOut_V_s_1_ack_in == 1'b0)) | ((ap_predicate_op33_write_state2 == 1'b1) & (tsStreamOut_V_V_1_ack_in == 1'b0)) | ((ap_predicate_op33_write_state2 == 1'b1) & (polStreamOut_V_V_1_ack_in == 1'b0)) | ((ap_predicate_op33_write_state2 == 1'b1) & (yStreamOut_V_V_1_ack_in == 1'b0)) | ((tmp_174_reg_341 == 1'd0) & (custDataStreamOut_V_s_1_ack_in == 1'b0)) | ((tmp_174_reg_341 == 1'd0) & (tsStreamOut_V_V_1_ack_in == 1'b0)) | ((tmp_174_reg_341 == 1'd0) & (polStreamOut_V_V_1_ack_in == 1'b0)) | ((tmp_174_reg_341 == 1'd0) & (yStreamOut_V_V_1_ack_in == 1'b0)) | ((ap_predicate_op33_write_state2 == 1'b1) & (xStreamOut_V_V_1_ack_in == 1'b0)) | ((tmp_174_reg_341 == 1'd0) & (xStreamOut_V_V_1_ack_in == 1'b0)));
end

assign ap_block_state2_pp0_stage0_iter1 = ~(1'b1 == 1'b1);

always @ (*) begin
    ap_block_state3_io = (((ap_predicate_op57_write_state3 == 1'b1) & (custDataStreamOut_V_s_1_ack_in == 1'b0)) | ((tmp_174_reg_341_pp0_iter1_reg == 1'd0) & (custDataStreamOut_V_s_1_ack_in == 1'b0)) | ((ap_predicate_op57_write_state3 == 1'b1) & (tsStreamOut_V_V_1_ack_in == 1'b0)) | ((tmp_174_reg_341_pp0_iter1_reg == 1'd0) & (tsStreamOut_V_V_1_ack_in == 1'b0)) | ((ap_predicate_op57_write_state3 == 1'b1) & (polStreamOut_V_V_1_ack_in == 1'b0)) | ((tmp_174_reg_341_pp0_iter1_reg == 1'd0) & (polStreamOut_V_V_1_ack_in == 1'b0)) | ((ap_predicate_op57_write_state3 == 1'b1) & (yStreamOut_V_V_1_ack_in == 1'b0)) | ((tmp_174_reg_341_pp0_iter1_reg == 1'd0) & (yStreamOut_V_V_1_ack_in == 1'b0)) | ((ap_predicate_op57_write_state3 == 1'b1) & (xStreamOut_V_V_1_ack_in == 1'b0)) | ((tmp_174_reg_341_pp0_iter1_reg == 1'd0) & (xStreamOut_V_V_1_ack_in == 1'b0)));
end

always @ (*) begin
    ap_block_state3_pp0_stage0_iter2 = ((custDataStreamOut_V_s_1_ack_in == 1'b0) | (tsStreamOut_V_V_1_ack_in == 1'b0) | (polStreamOut_V_V_1_ack_in == 1'b0) | (yStreamOut_V_V_1_ack_in == 1'b0) | (xStreamOut_V_V_1_ack_in == 1'b0));
end

always @ (*) begin
    ap_condition_150 = ((ap_start == 1'b1) & (1'b1 == ap_CS_fsm_pp0_stage0) & (1'b0 == ap_block_pp0_stage0_11001));
end

always @ (*) begin
    ap_condition_529 = ((1'b0 == ap_block_pp0_stage0_01001) & (ap_enable_reg_pp0_iter1 == 1'b1) & (1'b1 == ap_CS_fsm_pp0_stage0));
end

assign ap_enable_pp0 = (ap_idle_pp0 ^ 1'b1);

assign ap_enable_reg_pp0_iter0 = ap_start;

assign ap_phi_reg_pp0_iter0_cornerEventsNum_loc_s_reg_159 = 'bx;

always @ (*) begin
    ap_predicate_op33_write_state2 = ((tmp_V_reg_331 == 1'd1) & (tmp_174_reg_341 == 1'd1));
end

always @ (*) begin
    ap_predicate_op57_write_state3 = ((tmp_V_reg_331_pp0_iter1_reg == 1'd1) & (tmp_174_reg_341_pp0_iter1_reg == 1'd1));
end

assign custDataStreamOut_V_s_1_ack_in = custDataStreamOut_V_s_1_state[1'd1];

assign custDataStreamOut_V_s_1_ack_out = custDataStreamOut_V_s_TREADY;

assign custDataStreamOut_V_s_1_load_A = (~custDataStreamOut_V_s_1_sel_wr & custDataStreamOut_V_s_1_state_cmp_full);

assign custDataStreamOut_V_s_1_load_B = (custDataStreamOut_V_s_1_state_cmp_full & custDataStreamOut_V_s_1_sel_wr);

assign custDataStreamOut_V_s_1_sel = custDataStreamOut_V_s_1_sel_rd;

assign custDataStreamOut_V_s_1_state_cmp_full = ((custDataStreamOut_V_s_1_state != 2'd1) ? 1'b1 : 1'b0);

assign custDataStreamOut_V_s_1_vld_out = custDataStreamOut_V_s_1_state[1'd0];

assign custDataStreamOut_V_s_TDATA = custDataStreamOut_V_s_1_data_out;

assign custDataStreamOut_V_s_TVALID = custDataStreamOut_V_s_1_state[1'd0];

assign glStatus_cornerEvent = ap_phi_reg_pp0_iter1_cornerEventsNum_loc_s_reg_159;

assign glStatus_currentThre = p_read1;

assign glStatus_outEventsNu = (outEventsNum + 64'd2);

assign p_Result_s_fu_254_p5 = {{ap_const_lv64_0[63:63]}, {p_Result_i_reg_326}};

assign polStreamOut_V_V_1_ack_in = polStreamOut_V_V_1_state[1'd1];

assign polStreamOut_V_V_1_ack_out = polStreamOut_V_V_TREADY;

assign polStreamOut_V_V_1_load_A = (polStreamOut_V_V_1_state_cmp_full & ~polStreamOut_V_V_1_sel_wr);

assign polStreamOut_V_V_1_load_B = (polStreamOut_V_V_1_state_cmp_full & polStreamOut_V_V_1_sel_wr);

assign polStreamOut_V_V_1_sel = polStreamOut_V_V_1_sel_rd;

assign polStreamOut_V_V_1_state_cmp_full = ((polStreamOut_V_V_1_state != 2'd1) ? 1'b1 : 1'b0);

assign polStreamOut_V_V_1_vld_out = polStreamOut_V_V_1_state[1'd0];

assign polStreamOut_V_V_TDATA = polStreamOut_V_V_1_data_out;

assign polStreamOut_V_V_TVALID = polStreamOut_V_V_1_state[1'd0];

assign retData_V_fu_216_p3 = ((tmp_fu_200_p1[0:0] === 1'b1) ? tmp_i_fu_204_p3 : tmp_48_cast_i_fu_212_p1);

assign tmp_48_cast_i_fu_212_p1 = stageCornerStream_V_s_dout;

assign tmp_49_i_fu_236_p2 = (cornerEventsNum + 64'd1);

assign tmp_50_i_fu_292_p2 = (outEventsNum + 64'd2);

assign tmp_V_36_cast_fu_266_p1 = pol_V_reg_320;

assign tmp_V_40_cast_fu_270_p1 = retData_V_reg_335;

assign tmp_V_45_cast_fu_274_p1 = pol_V_reg_320;

assign tmp_V_47_cast_fu_278_p1 = retData_V_reg_335;

assign tmp_V_read_fu_118_p2 = stageCornerStream_V_s_dout;

assign tmp_fu_200_p1 = p_read[0:0];

assign tmp_i_fu_204_p3 = ((stageCornerStream_V_s_dout[0:0] === 1'b1) ? 8'd170 : 8'd0);

assign tsStreamOut_V_V_1_ack_in = tsStreamOut_V_V_1_state[1'd1];

assign tsStreamOut_V_V_1_ack_out = tsStreamOut_V_V_TREADY;

assign tsStreamOut_V_V_1_load_A = (tsStreamOut_V_V_1_state_cmp_full & ~tsStreamOut_V_V_1_sel_wr);

assign tsStreamOut_V_V_1_load_B = (tsStreamOut_V_V_1_state_cmp_full & tsStreamOut_V_V_1_sel_wr);

assign tsStreamOut_V_V_1_sel = tsStreamOut_V_V_1_sel_rd;

assign tsStreamOut_V_V_1_state_cmp_full = ((tsStreamOut_V_V_1_state != 2'd1) ? 1'b1 : 1'b0);

assign tsStreamOut_V_V_1_vld_out = tsStreamOut_V_V_1_state[1'd0];

assign tsStreamOut_V_V_TDATA = tsStreamOut_V_V_1_data_out;

assign tsStreamOut_V_V_TVALID = tsStreamOut_V_V_1_state[1'd0];

assign xStreamOut_V_V_1_ack_in = xStreamOut_V_V_1_state[1'd1];

assign xStreamOut_V_V_1_ack_out = xStreamOut_V_V_TREADY;

assign xStreamOut_V_V_1_load_A = (xStreamOut_V_V_1_state_cmp_full & ~xStreamOut_V_V_1_sel_wr);

assign xStreamOut_V_V_1_load_B = (xStreamOut_V_V_1_state_cmp_full & xStreamOut_V_V_1_sel_wr);

assign xStreamOut_V_V_1_sel = xStreamOut_V_V_1_sel_rd;

assign xStreamOut_V_V_1_state_cmp_full = ((xStreamOut_V_V_1_state != 2'd1) ? 1'b1 : 1'b0);

assign xStreamOut_V_V_1_vld_out = xStreamOut_V_V_1_state[1'd0];

assign xStreamOut_V_V_TDATA = xStreamOut_V_V_1_data_out;

assign xStreamOut_V_V_TVALID = xStreamOut_V_V_1_state[1'd0];

assign x_V_fu_178_p1 = packetEventDataStrea_dout[15:0];

assign yStreamOut_V_V_1_ack_in = yStreamOut_V_V_1_state[1'd1];

assign yStreamOut_V_V_1_ack_out = yStreamOut_V_V_TREADY;

assign yStreamOut_V_V_1_load_A = (yStreamOut_V_V_1_state_cmp_full & ~yStreamOut_V_V_1_sel_wr);

assign yStreamOut_V_V_1_load_B = (yStreamOut_V_V_1_state_cmp_full & yStreamOut_V_V_1_sel_wr);

assign yStreamOut_V_V_1_sel = yStreamOut_V_V_1_sel_rd;

assign yStreamOut_V_V_1_state_cmp_full = ((yStreamOut_V_V_1_state != 2'd1) ? 1'b1 : 1'b0);

assign yStreamOut_V_V_1_vld_out = yStreamOut_V_V_1_state[1'd0];

assign yStreamOut_V_V_TDATA = yStreamOut_V_V_1_data_out;

assign yStreamOut_V_V_TVALID = yStreamOut_V_V_1_state[1'd0];

always @ (posedge ap_clk) begin
    retData_V_reg_335[2] <= 1'b0;
    retData_V_reg_335[4:4] <= 1'b0;
    retData_V_reg_335[6] <= 1'b0;
end

endmodule //combineOutputStream